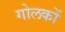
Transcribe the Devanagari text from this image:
गोलकों